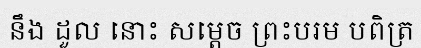
នឹង ដួល នោះ សម្តេច ព្រះបរម បពិត្រ